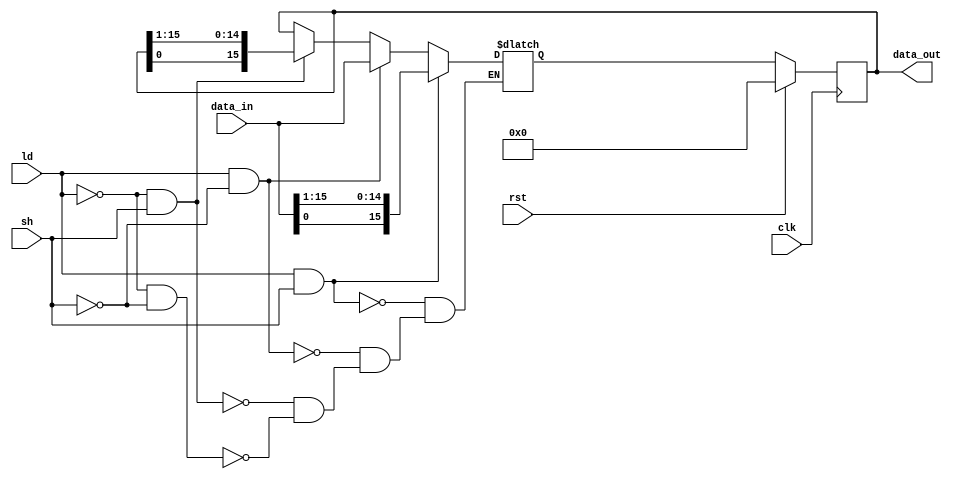
module rotate_reg #(parameter bit_width = 16) (clk, rst, ld, sh, data_in, data_out);
input clk;
input rst;
input ld;
input sh;
input [bit_width-1:0] data_in;
output [bit_width-1:0] data_out;

reg [bit_width-1:0] data_out_v, data_out_reg;
always @(*) begin
if (ld == 1'b1 && sh == 1'b1) begin
	data_out_v <= {data_in[0],data_in[bit_width-1:1]};
end
else if (ld == 1'b1 && sh == 1'b0) begin
	data_out_v <= data_in;
end
else if (ld == 1'b0 && sh == 1'b1) begin
	data_out_v <= {data_out_reg[0],data_out_reg[bit_width-1:1]};
end
else if (ld == 1'b0 && sh == 1'b0) begin
	data_out_v <= data_out_reg;
end
end

always @(posedge clk) begin
if (rst == 1'b1) begin
	data_out_reg <= {bit_width{1'b0}};
end
else begin
	data_out_reg <= data_out_v;
end
end
assign data_out = data_out_reg;

endmodule